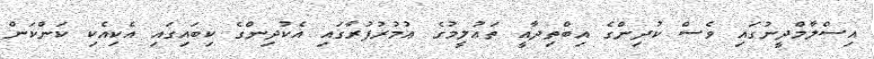
އިސްލާމްދީނުގައި ވެސް ކުދިންގެ އިބްތިދާއީ ތަޢުލީމުގެ ޢުމުރުފުރާގައި އެކުދިންގެ ކިބައިގައި އެކިއެކި ކަންކަން